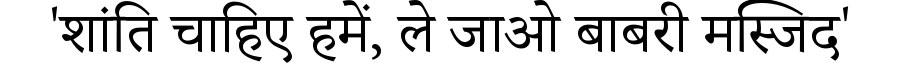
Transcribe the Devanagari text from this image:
'शांति चाहिए हमें, ले जाओ बाबरी मस्जिद'